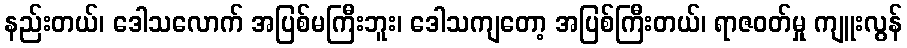
နည်းတယ်၊ ဒေါသလောက် အပြစ်မကြီးဘူး၊ ဒေါသကျတော့ အပြစ်ကြီးတယ်၊ ရာဇဝတ်မှု ကျူးလွန်